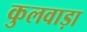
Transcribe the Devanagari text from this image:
कुलवाड़ा